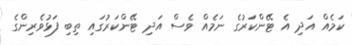
ކަމެއް އަދި އެ ޓޭންކަރުގެ ނަމެއް ވެސް އަދި ޓޭންކަރުގައި ތިބި ފަޅުވެރިންގެ